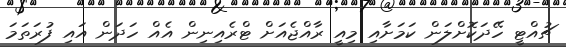
ޗުއްޓީ ހޭދަކޮށްލަން ކަމަށާއި މިއީ ރާއްޖެއަށް ޓްރެއިނިން އެއް ހަދަން އައި ފުރަތަަމަ